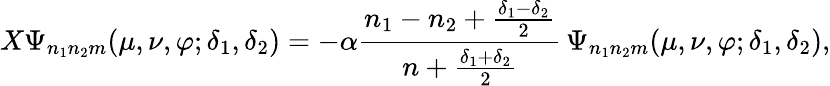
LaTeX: X\Psi_{n_{1}n_{2}m}(\mu,\nu,\varphi;\delta_{1},\delta_{2})=-\alpha\frac{n_{1}-n_{2}+\frac{\delta_{1}-\delta_{2}}{2}}{n+\frac{\delta_{1}+\delta_{2}}{2}}\, \Psi_{n_{1}n_{2}m}(\mu,\nu,\varphi;\delta_{1},\delta_{2}),